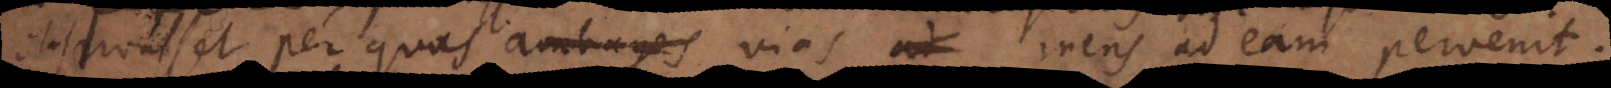
observasset per quas ambages vias mens ad eam pervenit.